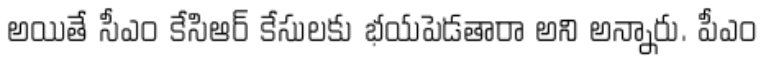
అయితే సీఎం కేసిఆర్ కేసులకు భయపెడతారా అని అన్నారు. పీఎం